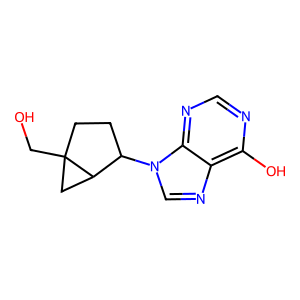
SMILES: OCC12CCC(n3cnc4c(O)ncnc43)C1C2
Inhibits HIV replication: No